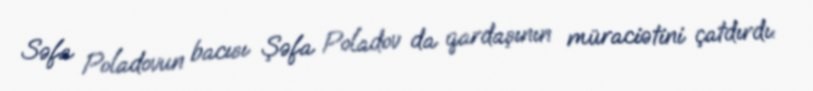
Səfa Poladovun bacısı Şəfa Poladov da qardaşının müraciətini çatdırdı: